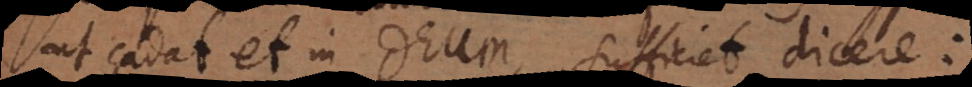
ut cadat et in Deum, sufficiet dicere: